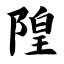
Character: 隍